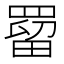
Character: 罶